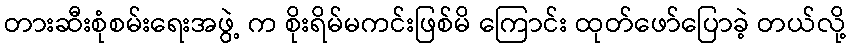
တားဆီးစုံစမ်းရေးအဖွဲ့ က စိုးရိမ်မကင်းဖြစ်မိ ကြောင်း ထုတ်ဖော်ပြောခဲ့ တယ်လို့